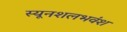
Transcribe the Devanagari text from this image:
स्यूनशलभवंश